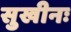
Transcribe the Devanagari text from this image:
सुखीनः